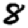
Digit: 8